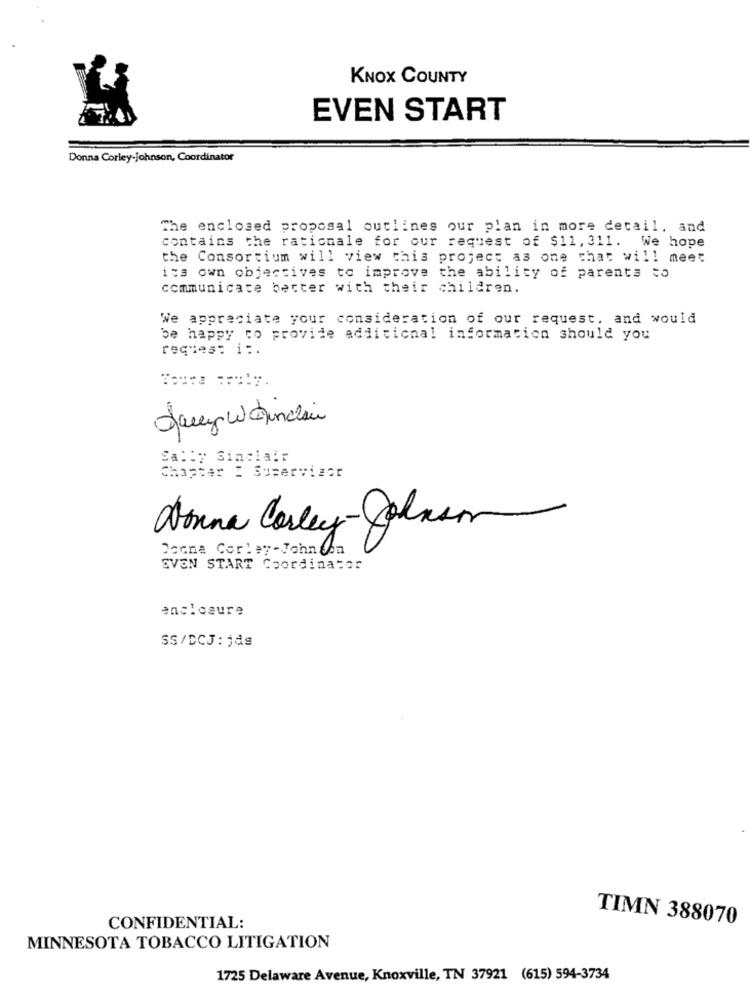
KNOX COUNTY
EVEN START
Donna Corley-johnson, Coordinator
The enclosed proposal outlines our plan in more detail, and
contains the rationale for our request of $11, 311. We hope
the Consortium will view this project as one that will meet
its own objectives to improve the ability of parents to
communicate better with their children.
We appreciate your consideration of our request. and would
be happy to provide additional information should you
reçues: i :.
Jacy W chinchin
Sally Sinclair
Chapter : Supervisor
Donna Corley-Colasom
Docna Corley-John on
EVEN START Coordinator
enclosure
SS/DCJ: jds
TIMN 388070
CONFIDENTIAL:
MINNESOTA TOBACCO LITIGATION
1725 Delaware Avenue, Knoxville, TN 37921 (615) 594-3734